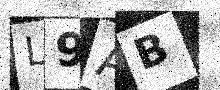
Text: L9AB